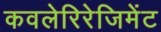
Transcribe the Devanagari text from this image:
कवलेरिरेजिमेंट